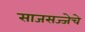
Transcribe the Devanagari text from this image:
साजसज्जेचे